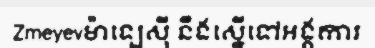
Zmeyevម៉ាឡេស៊ី នឹងស្នើទៅអង្គការ